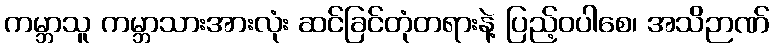
ကမ္ဘာသူ ကမ္ဘာသားအားလုံး ဆင်ခြင်တုံတရားနဲ့ ပြည့်ဝပါစေ၊ အသိဉာဏ်